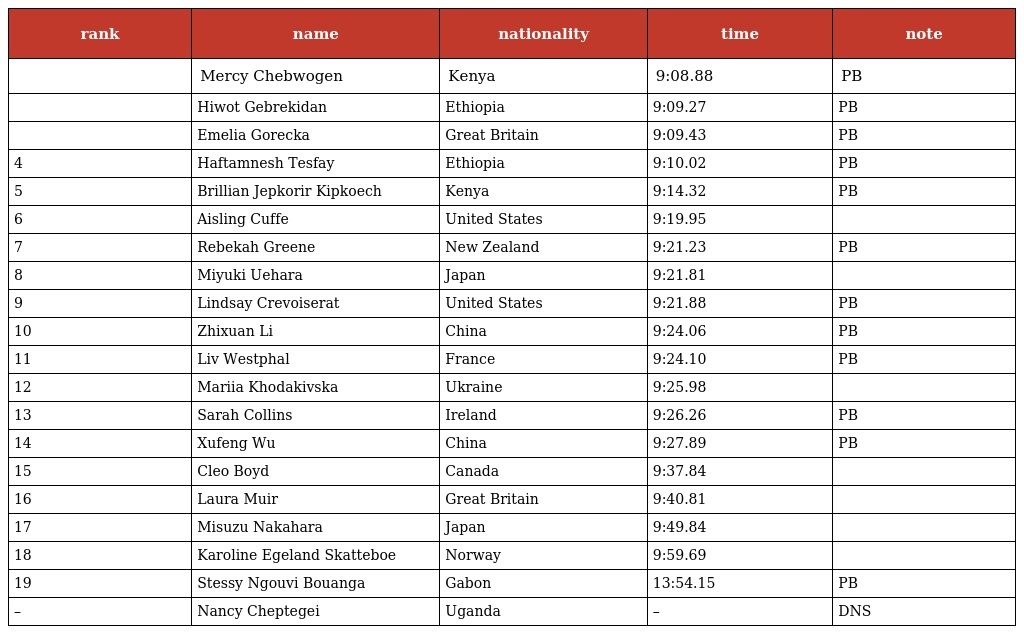
| rank | name | nationality | time | note |
 | --- | --- | --- | --- | --- |
 |  | Mercy Chebwogen | Kenya | 9:08.88 | PB |
 |  | Hiwot Gebrekidan | Ethiopia | 9:09.27 | PB |
 |  | Emelia Gorecka | Great Britain | 9:09.43 | PB |
 | 4 | Haftamnesh Tesfay | Ethiopia | 9:10.02 | PB |
 | 5 | Brillian Jepkorir Kipkoech | Kenya | 9:14.32 | PB |
 | 6 | Aisling Cuffe | United States | 9:19.95 |  |
 | 7 | Rebekah Greene | New Zealand | 9:21.23 | PB |
 | 8 | Miyuki Uehara | Japan | 9:21.81 |  |
 | 9 | Lindsay Crevoiserat | United States | 9:21.88 | PB |
 | 10 | Zhixuan Li | China | 9:24.06 | PB |
 | 11 | Liv Westphal | France | 9:24.10 | PB |
 | 12 | Mariia Khodakivska | Ukraine | 9:25.98 |  |
 | 13 | Sarah Collins | Ireland | 9:26.26 | PB |
 | 14 | Xufeng Wu | China | 9:27.89 | PB |
 | 15 | Cleo Boyd | Canada | 9:37.84 |  |
 | 16 | Laura Muir | Great Britain | 9:40.81 |  |
 | 17 | Misuzu Nakahara | Japan | 9:49.84 |  |
 | 18 | Karoline Egeland Skatteboe | Norway | 9:59.69 |  |
 | 19 | Stessy Ngouvi Bouanga | Gabon | 13:54.15 | PB |
 | – | Nancy Cheptegei | Uganda | – | DNS |